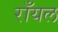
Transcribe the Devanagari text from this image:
राँयल